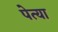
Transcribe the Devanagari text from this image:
पेत्या